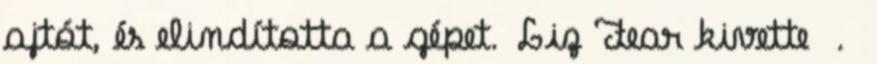
ajtót, és elindította a gépet. Liz Fear kivette .